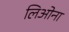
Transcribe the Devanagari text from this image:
लिओना